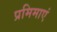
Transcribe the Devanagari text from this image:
प्रमिमाएं